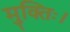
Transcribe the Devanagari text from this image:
मुक्तिः।